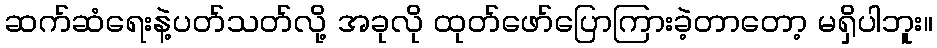
ဆက်ဆံရေးနဲ့ပတ်သတ်လို့ အခုလို ထုတ်ဖော်ပြောကြားခဲ့တာတော့ မရှိပါဘူး။